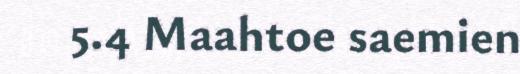
5.4 Maahtoe saemien